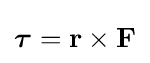
{\boldsymbol {\tau }}=\mathbf {r} \times \mathbf {F}